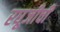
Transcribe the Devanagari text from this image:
रघूजीची